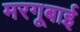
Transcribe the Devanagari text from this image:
मरगूबाई